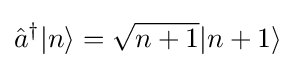
{\hat {a}}^{\dagger }|n\rangle ={\sqrt {n+1}}|n+1\rangle